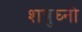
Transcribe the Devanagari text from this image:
शत्रुघ्नो